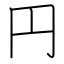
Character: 円